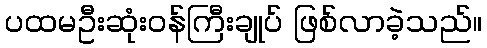
ပထမဦးဆုံးဝန်ကြီးချုပ် ဖြစ်လာခဲ့သည်။